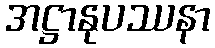
အဋ္ဌာနုပဿနာ